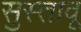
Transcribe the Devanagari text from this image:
सुस्तावू